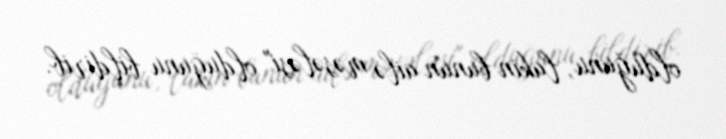
olduğunu, lakin bunun ailə məsələsi" olduğunu bildirib.